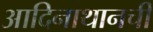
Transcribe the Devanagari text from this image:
आदिनाथानची